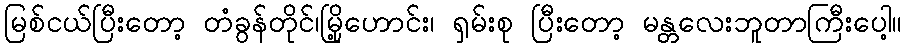
မြစ်ငယ်ပြီးတော့ တံခွန်တိုင်၊မြို့ဟောင်း၊ ရှမ်းစု ပြီးတော့ မန္တလေးဘူတာကြီးပေါ့။